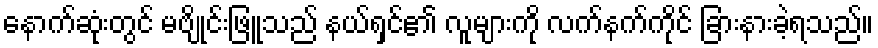
နောက်ဆုံးတွင် မဗျိုင်းဖြူသည် နယ်ရှင်၏ လူများကို လက်နက်ကိုင် ခြားနားခဲ့ရသည်။